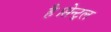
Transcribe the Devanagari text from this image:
है।सेन्ट्रल